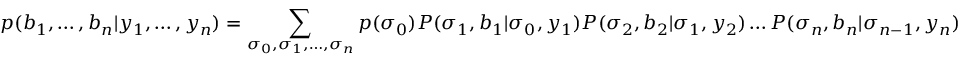
p ( b _ { 1 } , \ldots , b _ { n } | y _ { 1 } , \ldots , y _ { n } ) = \sum _ { \sigma _ { 0 } , \sigma _ { 1 } , \ldots , \sigma _ { n } } p ( \sigma _ { 0 } ) P ( \sigma _ { 1 } , b _ { 1 } | \sigma _ { 0 } , y _ { 1 } ) P ( \sigma _ { 2 } , b _ { 2 } | \sigma _ { 1 } , y _ { 2 } ) \ldots P ( \sigma _ { n } , b _ { n } | \sigma _ { n - 1 } , y _ { n } )